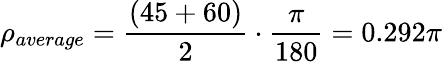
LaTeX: \rho_{average}=\frac{(45+60)}{2}\cdot\frac{\pi}{180}=0.292\pi